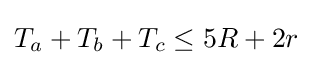
T_{a}+T_{b}+T_{c}\leq 5R+2r